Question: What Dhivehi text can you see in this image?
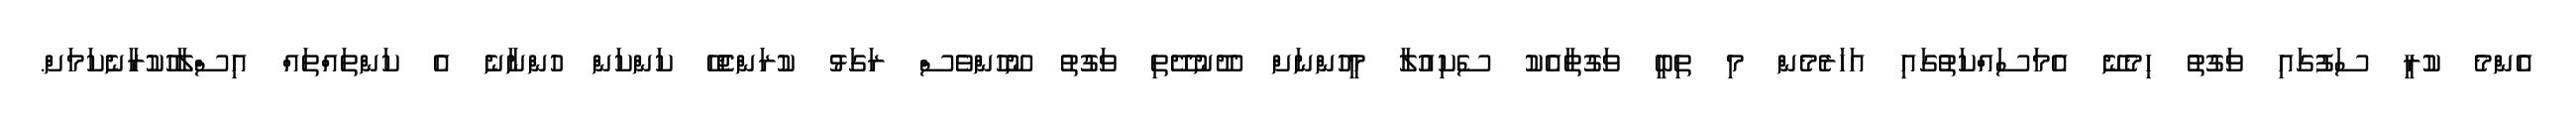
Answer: އެންމެ ކުރީ ސަފުގައި ވަގުތު ހިމެނޭ އެމަސައްކަތުގައި އަހަރެމެން މި ތިބީ ވަގުތާއެކު ސެކިއުލާ މީހުންނަށް ދޫނުދޭތި ވަގުތު ނޫހުންވެސް ރަގަޅު ކުރަންޖެހޭ ކަންކަން ހުންނާނެ އެ ކަންތައްތައް އިސްލާހުކުރާނެކަމަށް.